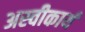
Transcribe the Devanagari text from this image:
अस्‍वीकार्य